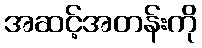
အဆင့်အတန်းကို